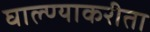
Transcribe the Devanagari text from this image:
घाल्ण्याकरीता